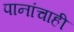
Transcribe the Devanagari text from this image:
पानांचाही